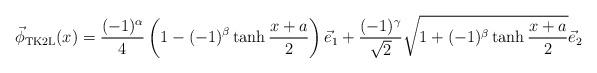
LaTeX: \begin{align*}\vec{\phi}_{\rm TK2L}(x)= \frac{(-1)^\alpha}{4}\left(1-(-1)^\beta\tanh \frac{x+a}{2}\right)\vec{e}_1+ \frac{(-1)^\gamma}{\sqrt{2}}\sqrt{1 +(-1)^\beta \tanh \frac{x+a}{2}}\vec{e}_2\end{align*}